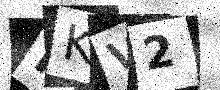
Text: RKV2